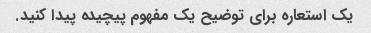
یک استعاره برای توضیح یک مفهوم پیچیده پیدا کنید.